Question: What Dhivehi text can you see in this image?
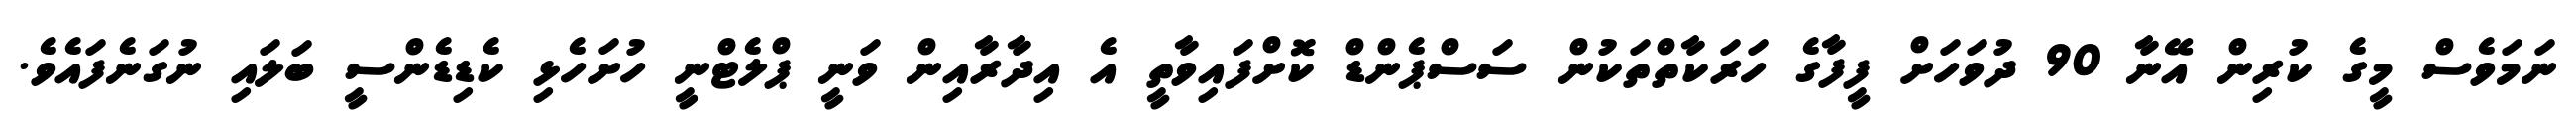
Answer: ނަމަވެސް މީގެ ކުރިން އޭނާ 90 ދުވަހަށް ފީފާގެ ހަރަކާތްތަކުން ސަސްޕެންޑް ކޮށްފައިވާތީ އެ އިދާރާއިން ވަނީ ޕްލެޓްނީ ހުށަހެޅި ކެޑިޑެންސީ ބަލައި ނުގަނެފައެވެ.